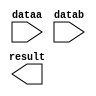
module adder32 (
	dataa,
	datab,
	result);

	input	[31:0]  dataa;
	input	[31:0]  datab;
	output	[31:0]  result;

endmodule